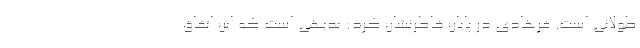
طولانی است. فرهادی در پایان خاطرنشان کرد: بدیهی است که این اتفاق